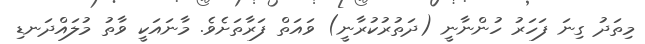
މިތަދު ގިނަ ފަހަރު ހުންނާނީ (ދަތުރުކުރާނީ) ވައަތް ފަރާތަށެވެ. މާނައަކީ ވާތު މުލައްދަނޑި